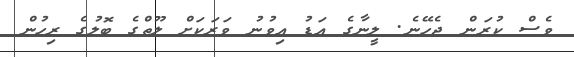
ވެސް ކުރަން ޖެހޭނެ. ލީނާގެ އަޑު އިވުނު ވަރަކަށް ލޫތްގެ ބޮލުގެ ރިހުން